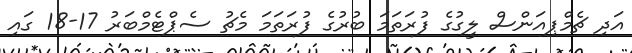
އަދި ޗެމްޕިއަންސް ލީގުގެ ފުރަތަމަ ބުރުގެ ފުރަތަމަ މެޗު ސެޕްޓެމްބަރު 17-18 ގައި